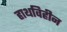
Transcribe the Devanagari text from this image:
हाथविहीन